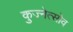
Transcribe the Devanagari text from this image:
कुज्नेत्सोव